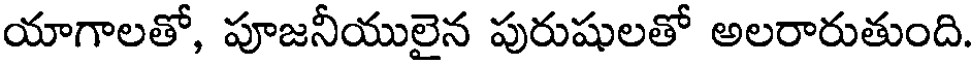
యాగాలతో, పూజనీయులైన పురుషులతో అలరారుతుంది.